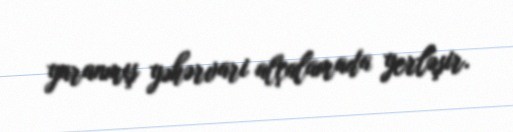
yaranmış yəhərvari alçalamada yerləşir.